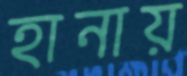
হানায়